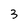
Character: 3